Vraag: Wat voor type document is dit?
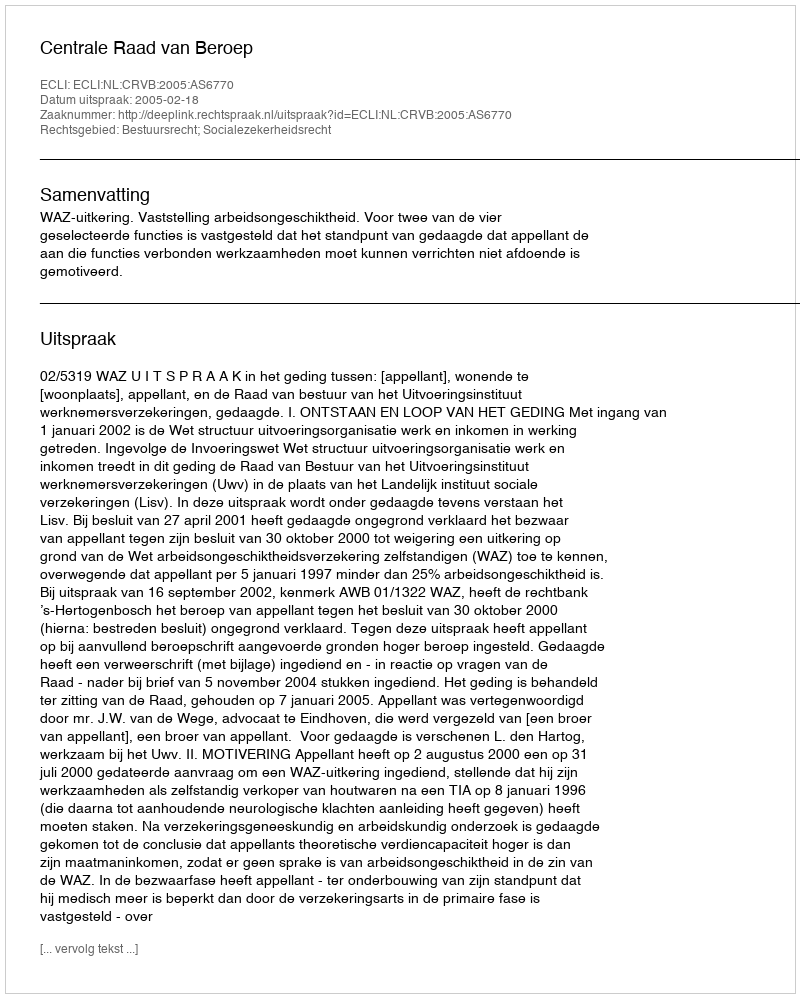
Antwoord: Uitspraak